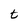
Character: t